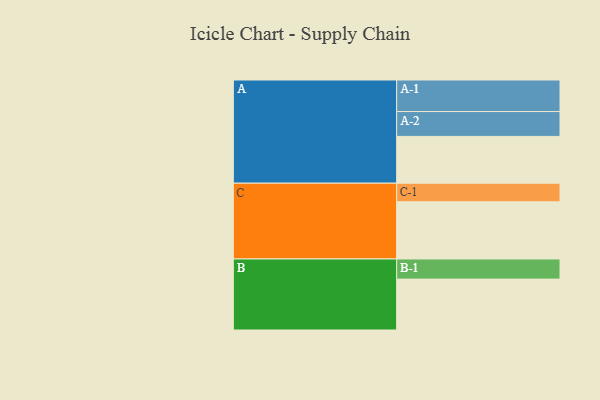
{"axis": {"x": "Segment", "y": "Value"}, "legend": ["", "A", "B", "C"], "data": [{"x": "A", "y": 365, "type": ""}, {"x": "B", "y": 397, "type": ""}, {"x": "C", "y": 446, "type": ""}, {"x": "A-1", "y": 246, "type": "A"}, {"x": "A-2", "y": 194, "type": "A"}, {"x": "B-1", "y": 157, "type": "B"}, {"x": "C-1", "y": 145, "type": "C"}]}